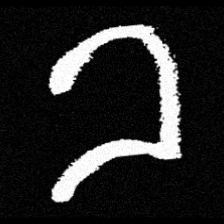
Pyu character \u2014 Myanmar letter: ခ (romanized: kha)